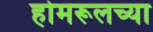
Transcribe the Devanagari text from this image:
होमरूलच्या